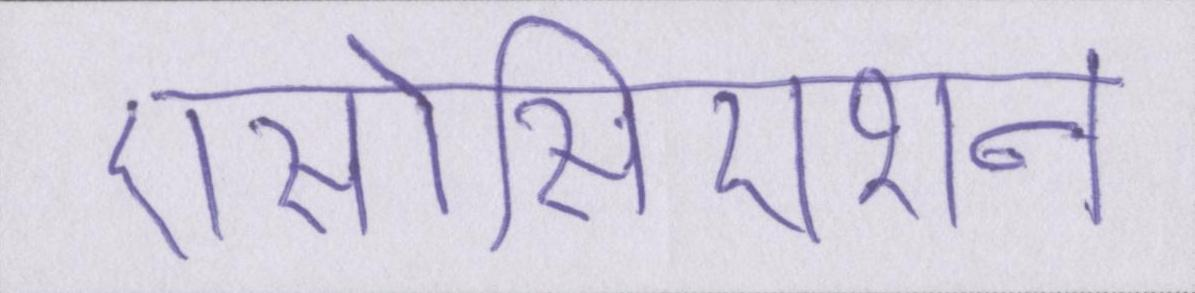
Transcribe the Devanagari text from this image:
एसोसिएशन